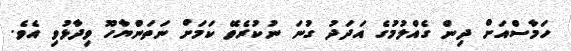
ހަމާސްއަށް ދިން ގެއްލުމުގެ އަދަދު ގުނަ ނުކުރެވޭ ކަމަށް ނަތަންޔާހޫ ވިދާޅުވި އެވެ.